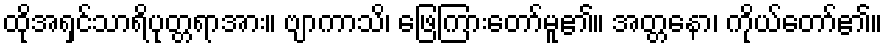
ထိုအရှင်သာရိပုတ္တရာအား။ ဗျာကာသိ၊ ဖြေကြားတော်မူ၏။ အတ္တနော၊ ကိုယ်တော်၏။